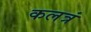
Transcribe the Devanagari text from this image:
कलत्रं